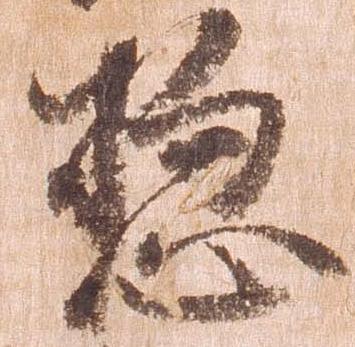
惣